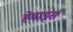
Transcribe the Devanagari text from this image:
हेवार्ड्स